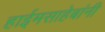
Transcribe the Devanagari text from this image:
हाईमसाहेबांनी